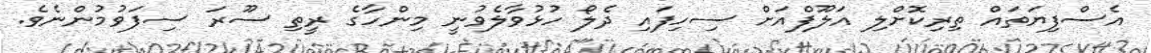
އެސްފިޔަތައް ތިރިކޮށްލި އަލޫފްއަށް ސިހިފައި ދެލޯ ހުޅުވާލެވުނީ މިންހާގެ ރީތި ސޫރަ ސިފަވުމުންނެވެ.